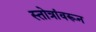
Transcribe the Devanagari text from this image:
स्तोत्रांवरून